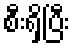
စီးရှိပြီး